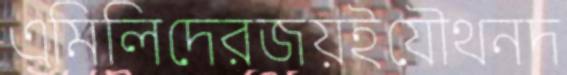
এমিলিদেরজয়ইযৌথনদ